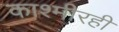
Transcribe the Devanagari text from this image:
काश्मीरही